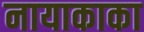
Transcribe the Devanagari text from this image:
नायाकाका